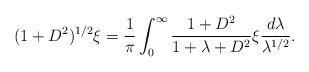
LaTeX: \begin{align*} (1+D^2)^{1/2}\xi = \frac{1}{\pi}\int_0^\infty \frac{1+D^2}{1+\lambda+D^2}\xi\frac{d\lambda}{\lambda^{1/2}}. \end{align*}